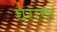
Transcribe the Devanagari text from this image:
घेराचा